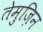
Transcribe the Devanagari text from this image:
तेमुज़िन